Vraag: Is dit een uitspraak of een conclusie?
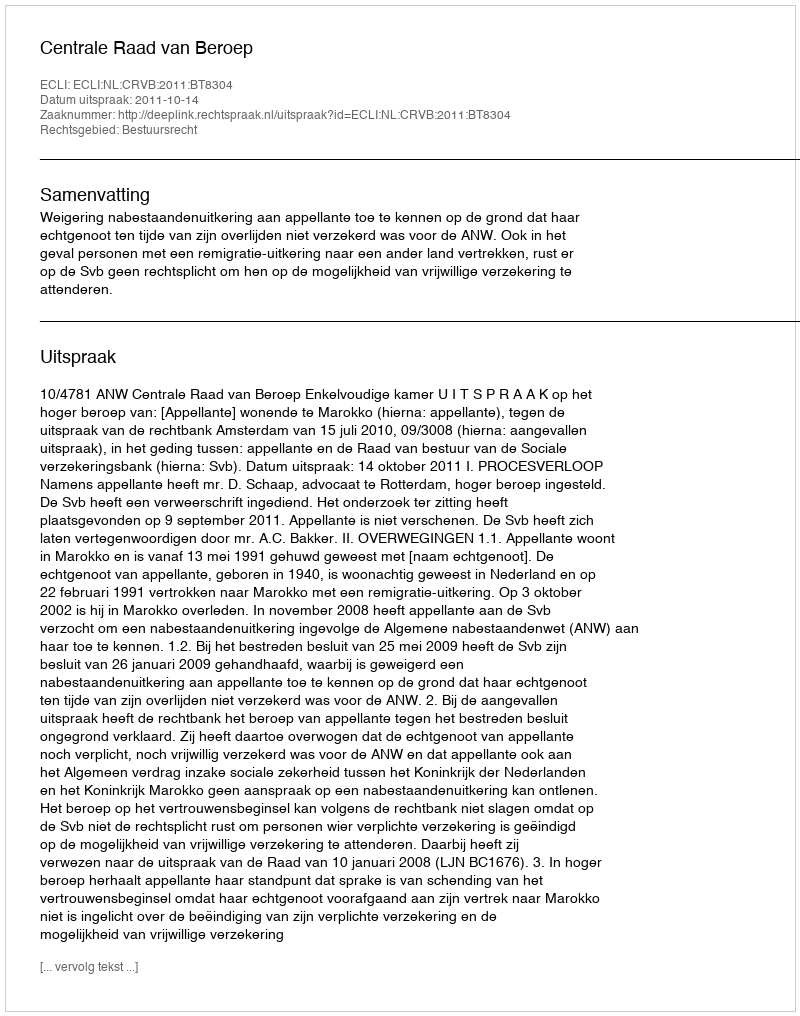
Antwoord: Uitspraak